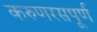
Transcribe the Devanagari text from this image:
करुणरसपूर्ण